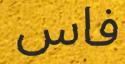
فاس